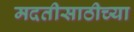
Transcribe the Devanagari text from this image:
मदतीसाठीच्या